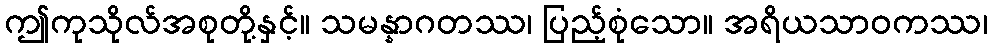
ဤကုသိုလ်အစုတို့နှင့်။ သမန္နာဂတဿ၊ ပြည့်စုံသော။ အရိယသာဝကဿ၊